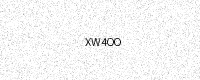
Text: XW4OO